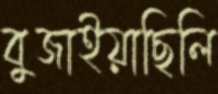
বুজাইয়াছিলি